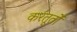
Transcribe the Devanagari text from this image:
करतूतोें